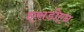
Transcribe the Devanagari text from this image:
एसडीएन